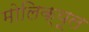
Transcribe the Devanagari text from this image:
मोलिक्यूल